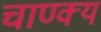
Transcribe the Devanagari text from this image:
चाण्क्य